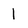
Character: 1